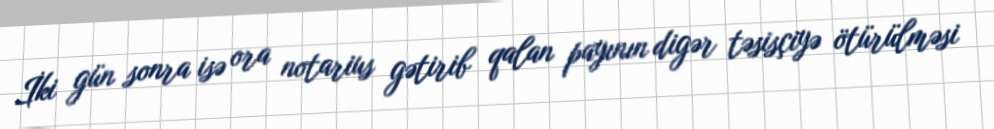
İki gün sonra isə ora notarius gətirib qalan payının digər təsisçiyə ötürülməsi